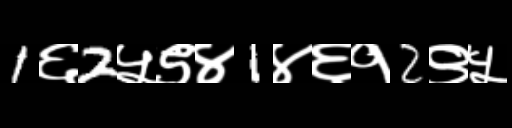
Text: 1६2५९४1४६१2९५